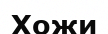
Хожи